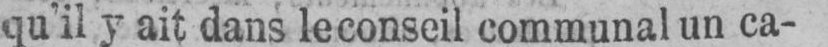
qu’il y ait dans le conseil communal un ca-